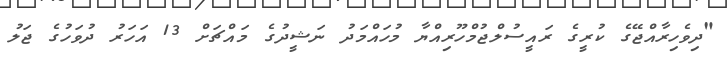
"ދިވެހިރާއްޖޭގެ ކުރީގެ ރައީސުލްޖުމްހޫރިއްޔާ މުހައްމަދު ނަޝީދުގެ މައްޗަށް 13 އަހަރު ދުވަހުގެ ޖަލު